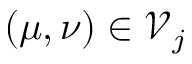
( \mu , \nu ) \in \mathcal { V } _ { j }